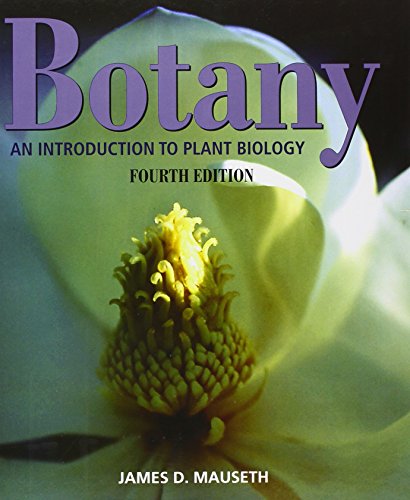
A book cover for Botany: An Introduction To Plant Biology; James D. Mauseth; Science & Math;